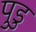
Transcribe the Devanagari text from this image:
पुडु